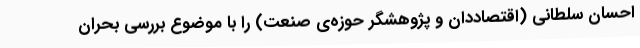
احسان سلطانی (اقتصاددان و پژوهشگر حوزه‌ی صنعت) را با موضوع بررسی بحران